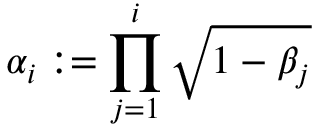
\alpha _ { i } : = \prod _ { j = 1 } ^ { i } \sqrt { 1 - \beta _ { j } }